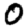
Digit: 0